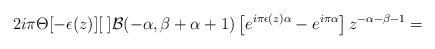
LaTeX: \begin{align*}2i\pi\Theta[-\epsilon(z)][\;]{\cal B}(-\alpha,\beta+\alpha+1)\left[e^{i\pi\epsilon(z)\alpha}-e^{i\pi\alpha}\right]z^{-\alpha-\beta-1}=\end{align*}